Insane asylums in Bengal annual reports 1876-1887 - 1876-1887
Year: 1876
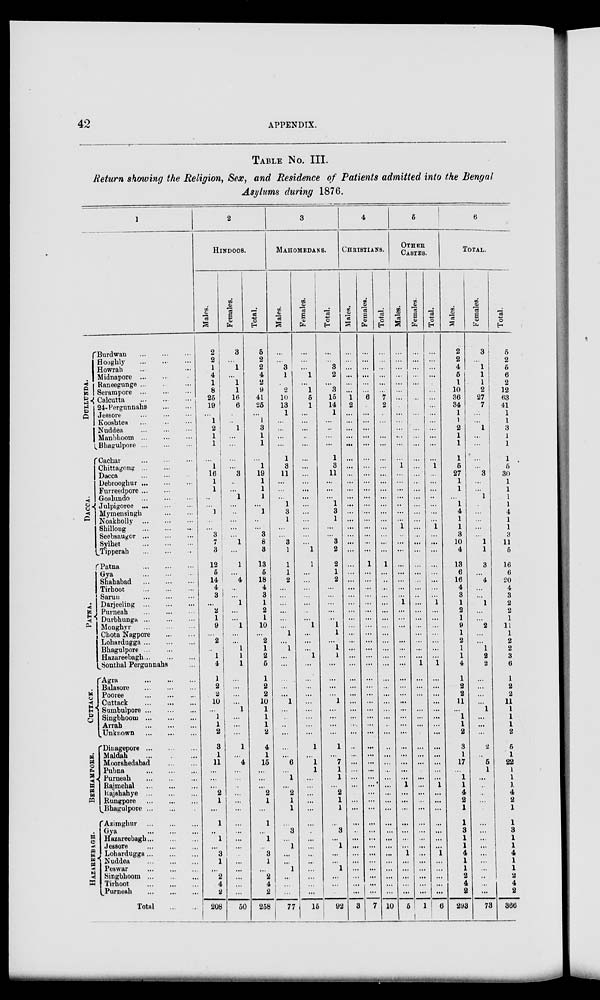
42
APPENDIX.
TABLE NO. III.
Return showing the Religion, Sex, and Residence of Patients admitted into the Bengal
Asylums during 1876.
1
DULLUNDA.
DACCA.
PATNA.
CUTTACK.
BERHAMPORE.
HAZABEEB AGH.
Burdwan ... ... ...
Hooghly ... ... ...
Howrah ... ... ...
Midnapore
...
...
...
Raneegunge ... ... ...
Serampore ... ... ...
Calcutta ... ... ...
24- Pergunnahs ... ...
Jessore ... ... ...
Kooshtea ... ... ...
Nuddea ... ... ...
Manbhoom
...
...
...
Bhagulpore
...
...
...
Cachar ... ... ...
Chittagong ... ... ...
Dacca
...
...
...
Debrooghur
...
...
...
Furreedpore ... ... ...
Goalundo
...
...
...
Julpigoree ... ... ...
Mymensingh ... ...
Noakholly ... ... ...
Shillong ... ... ...
Seebsaugor
...
...
...
Sylhet ... ... ...
Tipperah
...
...
...
Patna ... ... ...
Gya
...
...
...
Shahabad
...
...
...
Tirhoot
...
...
...
Sarun
...
...
...
Darjeeling
...
...
...
Purneah
...
...
...
Durbhunga
...
...
...
Monghyr
...
...
...
Chota Nagpore
...
...
Lohardugga
...
...
...
Bhagulpore ... ... ...
Hazareebagh ... ... ...
Sonthal Pergunnahs ...
Agra
...
...
...
Balasore ... ... ...
Pooree
...
...
...
Cuttack
...
...
...
Sumbulpore
...
...
...
Singbhoom
...
...
...
Arrah
...
...
...
Unknown ... ... ...
Dinagepore
...
...
...
Maldah ... ... ...
Moorsbedabad
...
...
Pubna
...
...
...
Purneah
...
...
...
Rajmehal
...
...
...
Rajehahye
...
...
...
Rungpore
...
...
...
Bhagulpore ... ... ...
Azimghur
...
...
...
Gya
...
...
...
Hazareebagh ... ... ...
Jessore
...
...
...
Lohardugga ... ... ...
Nuddea
...
...
...
Peswar
...
...
...
Singbhoom ... ... ...
Tirhoot
...
...
...
Purneah
...
...
...
Total
...
...
2
HINDOOS.
Males.
2
2
1
4
1
8
25
19
...
1
2
1
1
...
1
16
1
1
...
...
1
...
...
3
7
3
12
5
14
4
3
...
2
1
9
...
2
...
1
4
1
2
2
10
...
1
1
2
3
1
11
...
...
...
2
1
...
1
...
1
...
3
1
...
2
4
2
208
Females.
3
...
1
...
1
1
16
6
...
...
1
...
...
...
...
3
...
...
1
...
...
...
...
...
1
...
1
...
4
...
...
1
...
...
1
...
...
1
1
1
...
...
...
...
1
...
...
...
1
...
4
...
...
...
...
...
...
...
...
...
...
...
...
...
...
...
...
50
Total.
5
2
2
4
2
9
41
25
...
1
3
1
1
...
1
19
1
1
1
...
1
...
...
3
8
3
13
5
18
4
3
1
2
1
10
...
2
1
2
5
1
2
2
10
1
1
1
2
4
1
15
...
...
...
2
1
...
1
...
1
...
3
1
...
2
4
2
258
3
MAHOMEDANS.
Males.
...
...
3
1
...
2
10
13
1
...
...
...
...
1
3
11
...
...
...
1
3
1
...
...
3
1
1
1
2
...
...
...
...
...
...
1
...
1
...
...
...
...
...
1
...
...
..
...
...
...
6
...
1
...
2
1
1
...
3
...
1
...
...
1
...
...
...
77
Females.
...
...
...
1
...
1
5
1
...
...
...
...
...
...
...
...
...
...
...
...
...
...
...
...
...
1
1
...
...
...
...
...
...
...
1
...
...
...
1
...
...
...
...
...
...
...
...
...
1
...
1
1
...
...
...
...
...
...
...
...
...
...
...
...
...
...
...
15
Total.
...
...
3
2
...
3
15
14
1
...
...
...
...
1
3
11
...
...
...
1
3
1
...
...
3
2
2
1
2
...
...
...
...
...
1
1
...
1
1
...
...
...
...
1
...
...
...
...
1
...
7
1
1
...
2
1
1
...
3
...
1
...
...
1
...
...
...
92
4
CHRISTIANS.
Males.
...
...
...
...
...
...
1
2
...
...
...
...
...
...
...
...
...
...
...
...
...
...
...
...
...
...
...
...
...
...
...
...
...
...
...
...
...
...
...
...
...
...
...
...
...
...
....
...
..
...
...
...
...
...
...
...
...
...
..
...
...
...
...
...
...
...
...
3
Females.
...
...
...
...
...
...
6
...
...
....
...
...
...
...
...
...
...
...
...
...
...
...
...
...
...
...
1
...
...
...
...
...
...
...
...
...
...
...
...
...
...
...
...
...
...
...
...
...
...
...
...
...
...
...
...
...
...
...
...
...
...
...
...
...
...
...
...
7
Total.
...
...
...
...
...
...
7
2
...
...
...
...
...
...
...
...
...
...
...
...
...
...
...
...
...
...
1
...
..
...
...
...
...
...
...
...
...
...
...
...
...
...
...
...
...
...
...
...
...
...
...
...
...
...
...
...
...
...
...
...
...
...
...
...
...
...
...
10
5
OTHER
CASTES.
Males.
...
...
...
...
...
...
...
...
...
...
...
...
...
...
1
...
...
...
...
...
...
...
1
...
...
...
...
...
...
...
...
1
...
...
...
...
...
...
...
...
...
...
...
...
...
...
...
...
...
...
...
...
...
1
...
...
...
...
...
...
...
1
...
...
....
...
...
5
Females.
...
...
...
...
...
...
...
...
...
...
...
...
...
...
...
...
...
...
...
...
...
...
...
...
...
...
...
...
...
...
..
...
...
...
...
...
...
...
...
1
...
...
...
...
...
...
...
...
...
...
...
...
...
...
...
...
...
...
...
...
...
...
...
...
...
...
...
1
Total.
...
...
...
...
...
...
...
...
...
...
...
...
...
...
1
...
...
...
..
...
...
...
1
...
...
...
...
...
...
...
...
1
...
...
...
...
....
...
...
1
...
...
...
...
...
...
...
...
...
...
...
...
...
1
...
...
...
...
...
...
...
1
...
...
...
...
...
6
6
TOTAL.
Males.
2
2
4
5
1
10
36
34
1
1
2
1
1
1
5
27
1
1
...
1
4
1
1
3
10
4
13
6
16
4
3
1
2
1
9
1
2
1
1
4
1
2
2
11
...
1
1
2
3
1
17
...
1
1
4
2
1
1
3
1
1
4
1
1
2
4
2
293
Females.
3
...
1
1
1
2
27
7
...
...
1
...
...
...
...
3
...
...
1
...
...
...
...
...
1
1
3
...
4
...
...
1
...
...
2
...
...
1
2
2
...
...
...
...
1
...
...
...
2
...
5
1
...
...
...
...
...
...
...
...
...
...
...
...
...
...
...
73
Total.
5
2
5
6
2
12
63
41
1
1
3
1
1
1
5
30
1
1
1
1
4
1
1
3
11
5
16
6
20
4
3
2
2
1
11
1
2
2
3
6
1
2
2
11
1
1
1
2
5
1
22
1
1
1
4
2
1
1
3
1
1
4
1
1
2
4
2
366